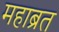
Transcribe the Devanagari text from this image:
महाब्रत